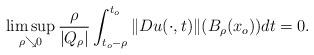
LaTeX: \begin{align*}\limsup_{\rho\searrow0} {\frac{\rho}{|Q_\rho|}}\int_{t_o-\rho}^{t_o}\|Du(\cdot,t)\|(B_\rho(x_o))dt=0.\end{align*}